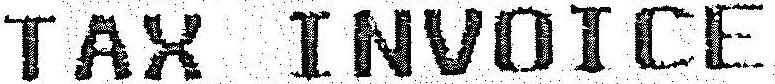
TAX INVOICE